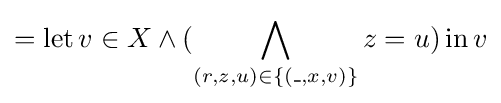
=\operatorname {let} v\in X\land ({\bigwedge _{(r,z,u)\in \{(\_,x,v)\}}z=u})\operatorname {in} v